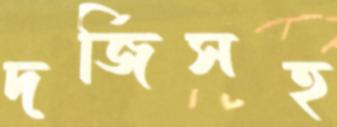
দর্জিসহ